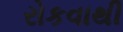
રોકવાથી